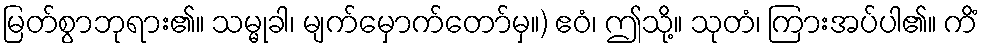
မြတ်စွာဘုရား၏။ သမ္မုခါ၊ မျက်မှောက်တော်မှ။) ဧဝံ၊ ဤသို့။ သုတံ၊ ကြားအပ်ပါ၏။ ကိံ